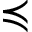
\preccurlyeq